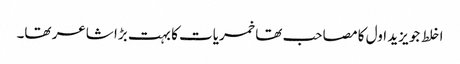
اخلط جو یزید اول کا مصاحب تھا خمریات کا بہت بڑا شاعر تھا۔